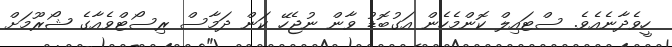
ހީވެދާނެއެވެ. ސްޓައިލް ކޮންމެހެން އަގުބޮޑު ވާން ނުޖެހޭ ކަން ދަމާސް ރިސޯޓްވެއާގެ ޝޯރޫމަށް